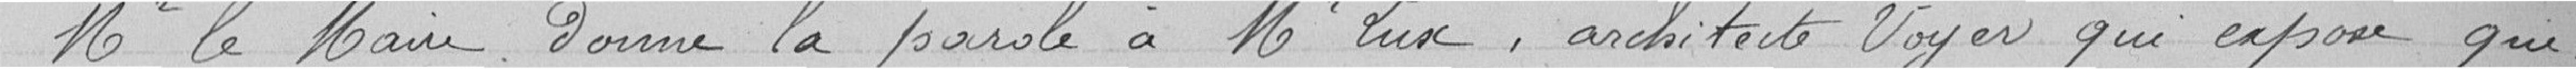
Mr le Maire donne la parole à Mr Luse, architecte Voyer qui expose que,